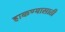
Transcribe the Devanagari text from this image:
हाकण्यासाठी